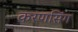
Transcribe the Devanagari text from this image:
करणसिंग